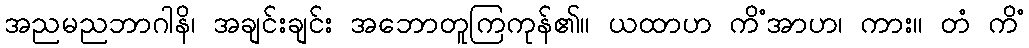
အညမညဘာဂါနိ၊ အချင်းချင်း အဘောတူကြကုန်၏။ ယထာဟ ကိံအာဟ၊ ကား။ တံ ကိံ